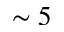
\sim 5